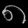
Digit: ၈